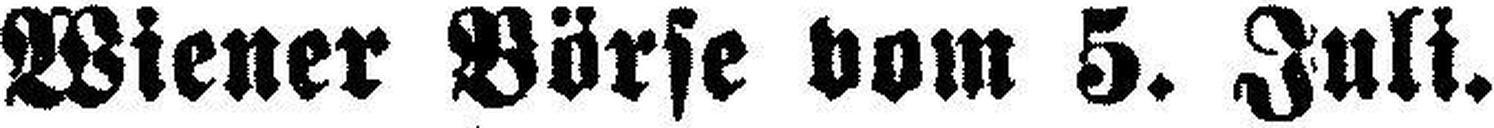
Wiener Börse vom 5. Juli.